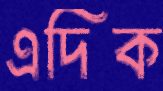
এদিক